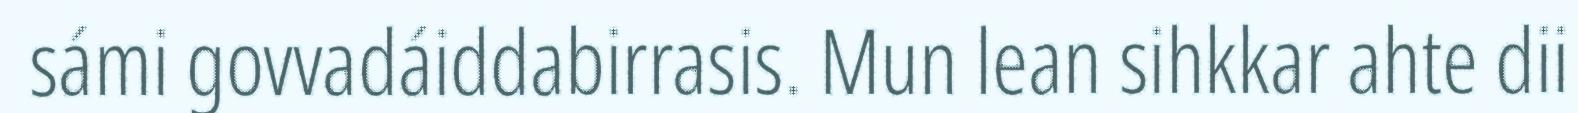
sámi govvadáiddabirrasis. Mun lean sihkkar ahte dii